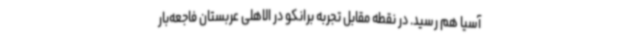
آسیا هم رسید. در نقطه مقابل تجربه برانکو در الاهلی عربستان فاجعه‌بار